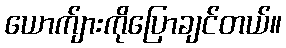
ယောက်ျားကိုပြောချင်တယ်။